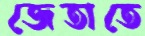
জেতাতে